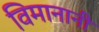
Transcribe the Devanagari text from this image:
विमानानी